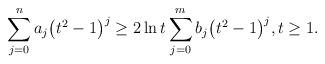
LaTeX: \begin{align*}\sum_{j=0}^{n}a_{j}\bigl(t^{2}-1\bigr)^{j} \geq 2\ln t\sum_{j=0}^{m}b_{j}\bigl(t^{2}-1\bigr)^{j},t\geq 1.\end{align*}